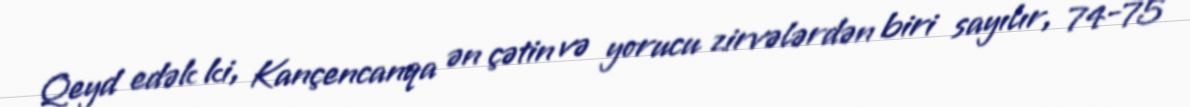
Qeyd edək ki, Kançencanqa ən çətin və yorucu zirvələrdən biri sayılır, 74-75